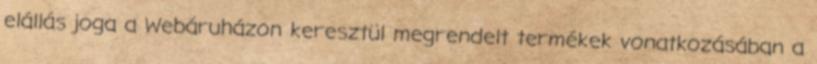
elállás joga a Webáruházon keresztül megrendelt termékek vonatkozásában a